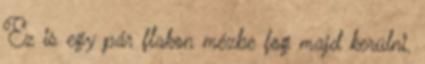
Ez is egy pár flakon mézbe fog majd kerülni.